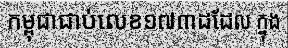
កម្ពុជាជាប់លេខ១៧៣ដដែល ក្នុង